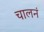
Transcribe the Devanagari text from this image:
चालनं